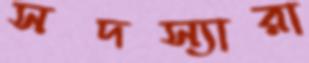
সদস্যারা